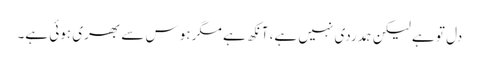
دل تو ہے لیکن ہمدردی نہیں ہے، آنکھ ہے مگر ہوس سے بھری ہوئی ہے۔